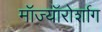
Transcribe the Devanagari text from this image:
मॉज्यॉरोर्शाग